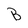
Character: B